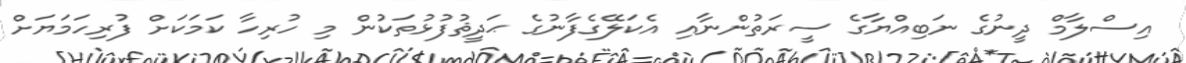
އިސްލާމް ދީނުގެ ނަބިއްޔާގެ ސީރަތުންނާއި އެކަލޭގެފާނުގެ ޙަދީޘުފުޅުތަކުން މި ހުރިހާ ކަމަކަށް ފުރިހަމަޔަށް